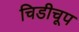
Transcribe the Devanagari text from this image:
चिडीचूप